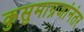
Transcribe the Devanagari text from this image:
कुसुमाग्रजांनंतर